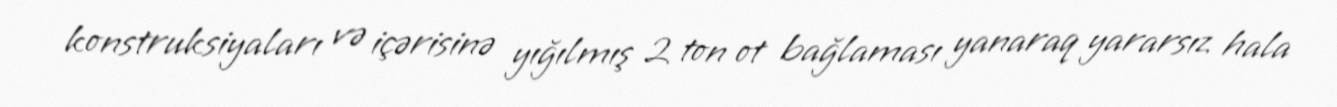
konstruksiyaları və içərisinə yığılmış 2 ton ot bağlaması yanaraq yararsız hala